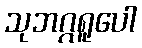
သုဘဂ္ဂရူပေါ